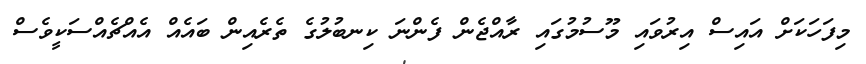
މިފަހަކަށް އައިސް އިރުވައި މޫސުމުގައި ރާއްޖެން ފެންނަ ކިނބުލުގެ ތެރެއިން ބައެއް އެއްޗެއްސަކީވެސް